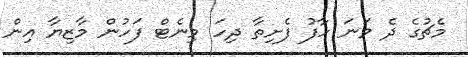
މެޗުގެ ދެ ވަނަ ހާފު ފެށިތާ ދިހަ މިނެޓް ފަހުން މާޒިޔާ އިން